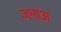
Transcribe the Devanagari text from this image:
जमाअ